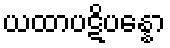
ယထာပဋိပန္နော